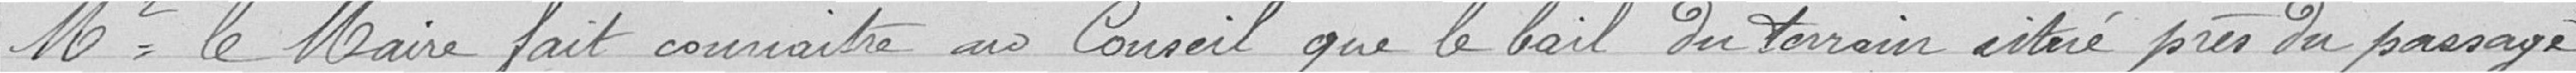
Mr le Maire fait connaitre au Conseil que le bail du terrain situé près du passage